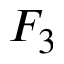
F _ { 3 }